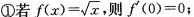
① 若 $$ f ( x ) = \sqrt { x } $$ ，则 f ( 0 ) = 0；